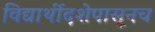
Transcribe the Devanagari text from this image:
विद्यार्थीदशेपासूनच